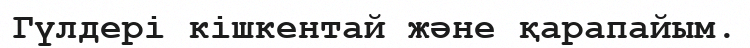
Гүлдері кішкентай және қарапайым.